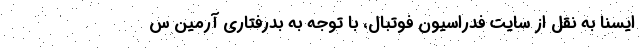
ایسنا به نقل از سایت فدراسیون فوتبال، با توجه به بدرفتاری آرمین س